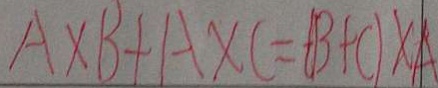
A \times B + A \times C = ( B + C ) \times A